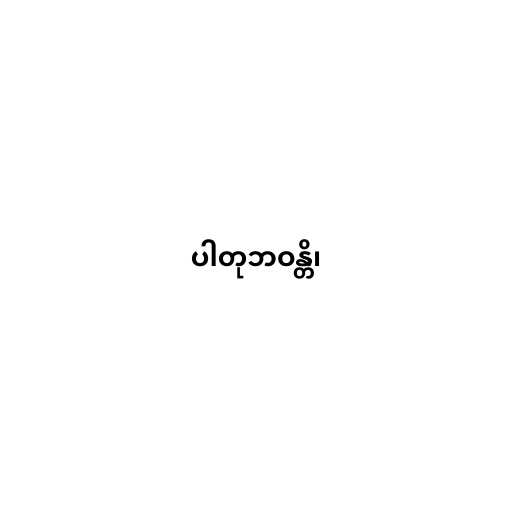
ပါတုဘဝန္တိ၊